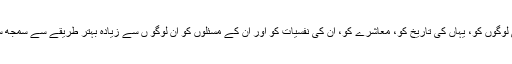
جو بچے امریکہ میں کالج جاتے ہیں ، وہ امریکی لوگوں کو، یہاں کی تاریخ کو، معاشرے کو، ان کی نفسیات کو اور ان کے مسئلوں کو ان لوگو ں سے زیادہ بہتر طریقے سے سمجھ سکتے ہیں جنہوں نے اپنا وقت کہیں اور گزارا ہو۔